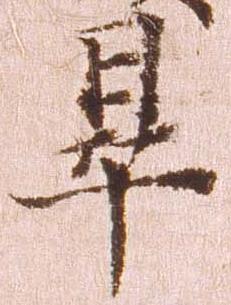
畢